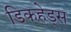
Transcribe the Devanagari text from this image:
डिकहे़ड्स